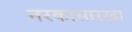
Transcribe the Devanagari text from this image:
नरकासारखा